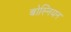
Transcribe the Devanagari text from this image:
बोस्नियन